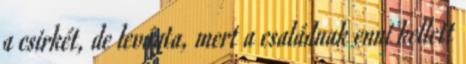
a csirkét, de levágta, mert a családnak enni kellett